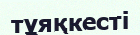
тұяқкесті